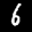
Label: 6